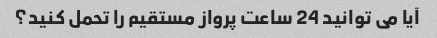
آیا می توانید 24 ساعت پرواز مستقیم را تحمل کنید؟